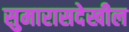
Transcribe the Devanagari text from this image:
सुमारासदेखील